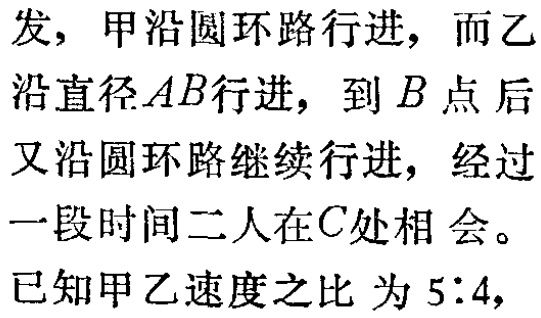
发，甲沿圆环路行进，而乙

沿直径\(AB\)行进，到\(B\)点后

又沿圆环路继续行进，经过

一段时间二人在\(C\)处相会。

已知甲乙速度之比 为\(5:4\)，